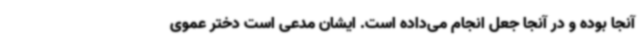
آنجا بوده و در آنجا جعل انجام می‌داده است. ایشان مدعی است دختر عموی